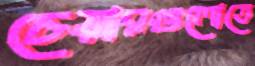
চেয়ারগুলোতে